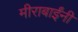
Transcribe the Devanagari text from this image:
मीराबाईंनी